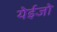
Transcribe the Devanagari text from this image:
येईजो